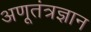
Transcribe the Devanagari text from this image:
अणूतंत्रज्ञान